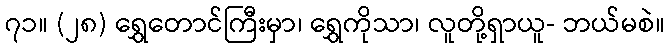
၇၁။ (၂၈) ရွှေတောင်ကြီးမှာ၊ ရွှေကိုသာ၊ လူတို့ရှာယူ- ဘယ်မစဲ။